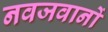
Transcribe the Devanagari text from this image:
नवजवानों